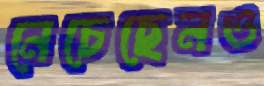
নেচেছেনও